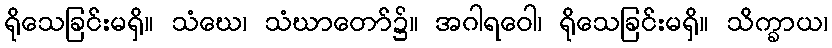
ရိုသေခြင်းမရှိ။ သံဃေ၊ သံဃာတော်၌။ အဂါရဝေါ၊ ရိုသေခြင်းမရှိ။ သိက္ခာယ၊